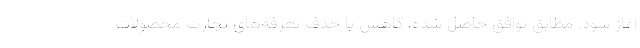
آغاز شود. مطابق توافق حاصل شده، کاهش یا حذف تعرفه‌های تجارت محصولات